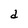
Character: d